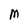
Character: M